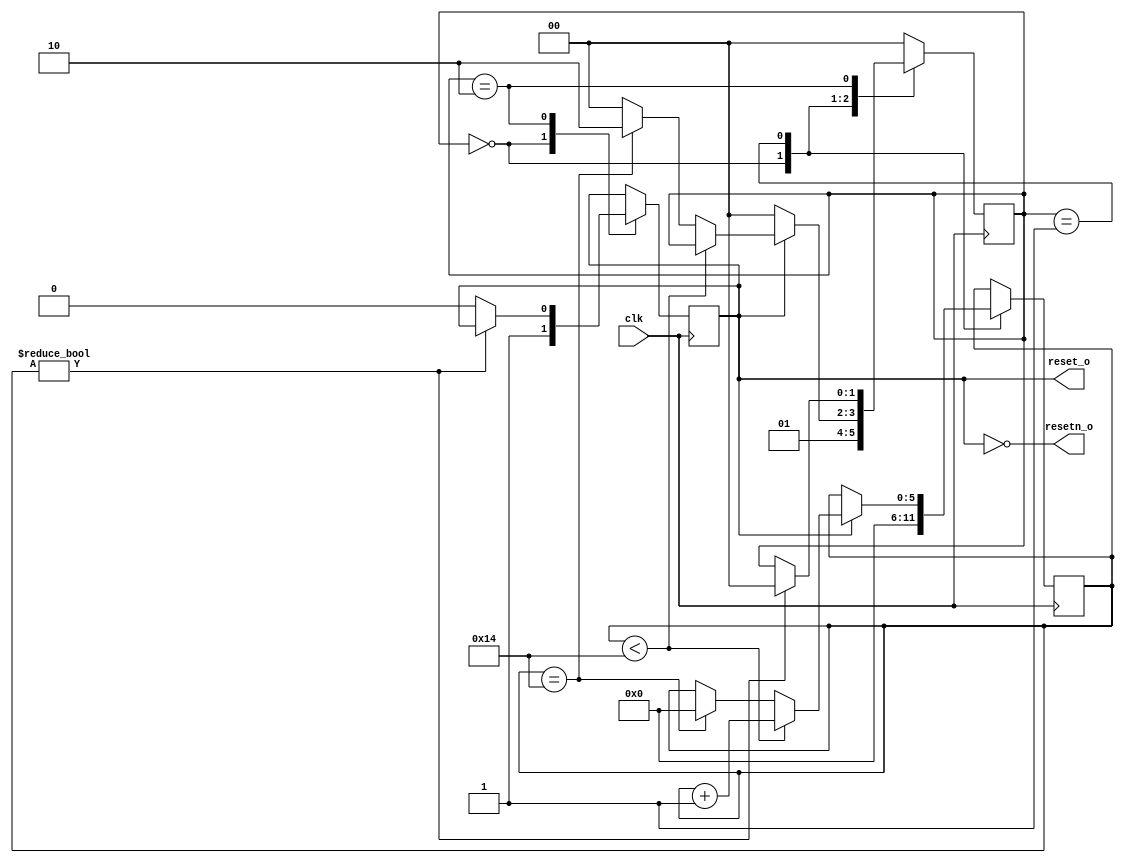
// This program was cloned from: https://github.com/JN513/Risco-5
// License: CERN Open Hardware Licence Version 2 - Permissive

module ResetBootSystem #(
    parameter CYCLES = 20
) (
    input wire clk,
    output reg reset_o,
    output wire resetn_o
);

assign resetn_o = ~reset_o;

reg [1:0] state;
reg [5:0] counter;

localparam INIT = 2'b00;
localparam RESET_COUNTER = 2'b01;
localparam IDLE = 2'b10;

initial begin
    state = 2'b01;
    reset_o = 2'b0;
    counter = 6'h00;
end

always @(posedge clk ) begin
    case (state)
        INIT: begin
            reset_o <= 1'b1;
            state <= RESET_COUNTER;
            counter <= 6'h00;
        end

        RESET_COUNTER: begin
            if(reset_o == 1'b0) begin
                state <= INIT;
            end else begin
                if(counter < CYCLES) begin
                    counter <= counter + 1;
                end else if(counter == CYCLES) begin
                    counter <= 0;
                    state <= IDLE;
                end else begin
                    state <= INIT;
                end
            end
        end

        IDLE: begin
            if(counter != 0) begin
                state <= INIT;
            end else begin
                reset_o <= 1'b0;
            end
        end

        default: state <= INIT;
    endcase
end

endmodule